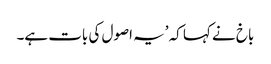
باخ نے کہا کہ ’یہ اصول کی بات ہے۔